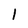
Character: 1